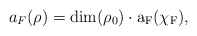
\begin{align*} a_F(\rho)=\rm{dim}(\rho_0)\cdot a_F(\chi_F), \end{align*}